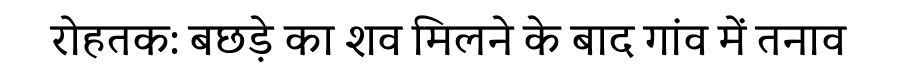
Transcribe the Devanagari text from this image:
रोहतक: बछड़े का शव मिलने के बाद गांव में तनाव